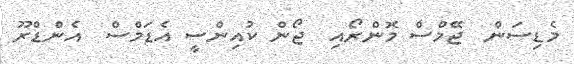
މެޑިސަން  ޖޭމްސް މޮންރޯއި  ޖޯން ކުއިންސީ އެޑަމްސް  އެންޑްރޫ